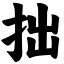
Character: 拙